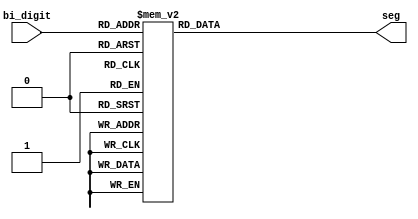
module spec_7seg(bi_digit,seg);
input [3:0] bi_digit;
output [6:0] seg;
reg [6:0] seg;
// seg = {g,f,e,d,c,b,a};


always @ (bi_digit)
case (bi_digit)	      //gfedcba
        4'h0: seg = ~7'b0001000;
        4'h1: seg = ~7'b1000000;     		  // ---a----
        4'h2: seg = ~7'b1001000;    		  // |      |
        4'h3: seg = ~7'b0000001;    		  // f      b
        4'h4: seg = ~7'b1001000; 		      // |      |
        4'h5: seg = ~7'b1000001;   		      // ---g----
        4'h6: seg = ~7'b1001001;   		      // |      |
        4'h7: seg = ~7'b0010000;   		      // e      c
        4'h8: seg = ~7'b0000010;    	      // |      |
        4'h9: seg = ~7'b0010010;    		  // ---d----
        4'ha: seg = ~7'b1010010;
        4'hb: seg = ~7'b0000100;
        4'hc: seg = ~7'b0100000;
        4'hd: seg = ~7'b0100100;
        4'he: seg = ~7'b1100100;
        4'hf: seg = ~7'b1110110;
endcase

endmodule